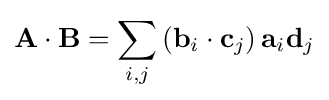
\mathbf {A} \cdot \mathbf {B} =\sum _{i,j}\left(\mathbf {b} _{i}\cdot \mathbf {c} _{j}\right)\mathbf {a} _{i}\mathbf {d} _{j}